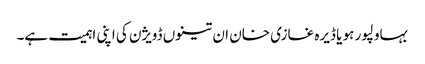
بہاولپور ہو یا ڈیرہ غازی خان ان تینوں ڈویژن کی اپنی اہمیت ہے۔